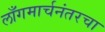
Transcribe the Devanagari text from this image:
लाँगमार्चनंतरचा